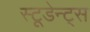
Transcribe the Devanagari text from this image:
स्टूडेन्ट्स